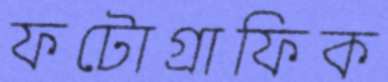
ফটোগ্রাফিক